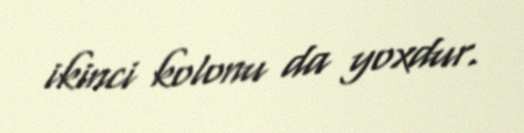
ikinci kolonu da yoxdur.